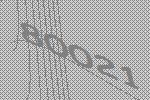
80021